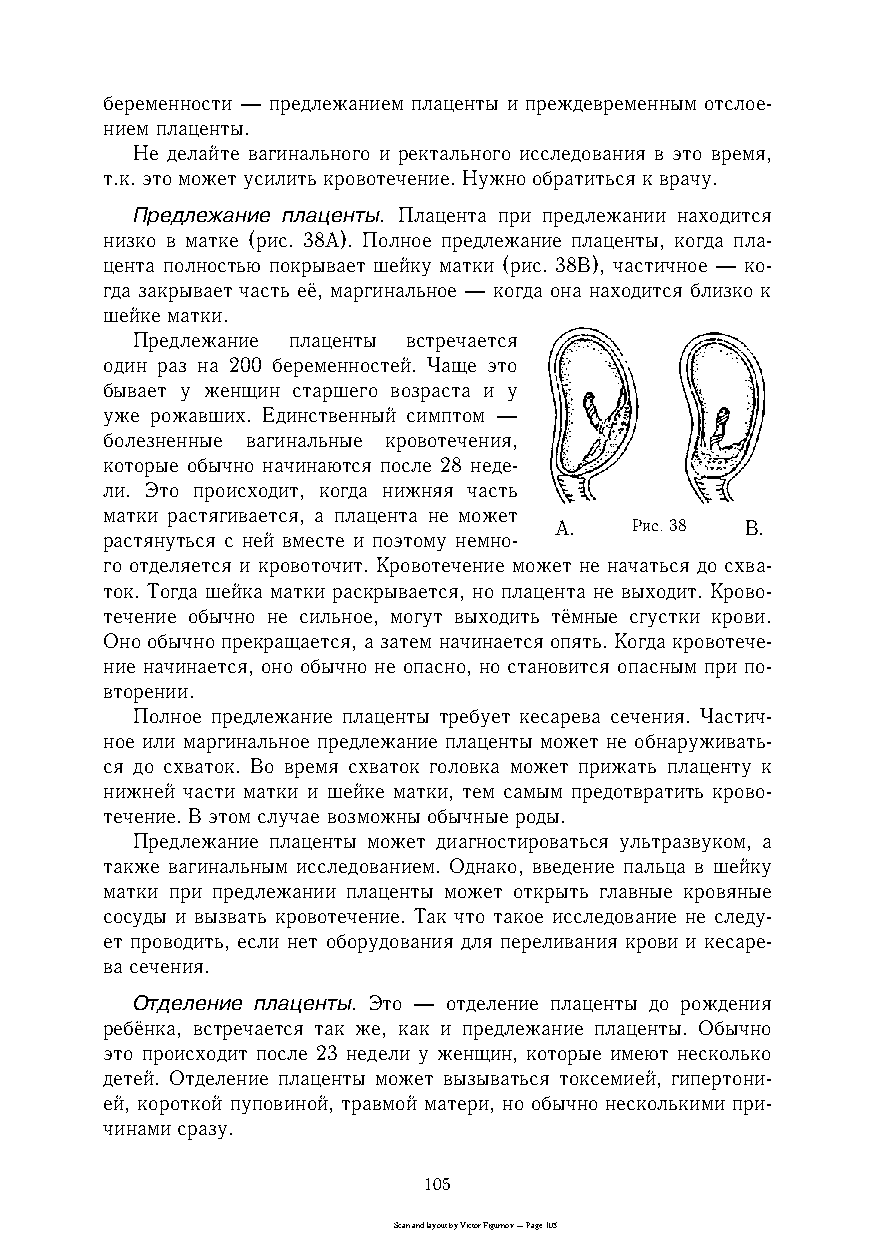
беременности — предлежанием плаценты и преждевременным отслоеc
 нием плаценты.
 Не делайте вагинального и ректального исследования в это время,
 т.к. это может усилить кровотечение. Нужно обратиться к врачу.
 Предлежание плаценты. Плацента при предлежании находится
 низко в матке (рис. 38А). Полное предлежание плаценты, когда плаc
 цента полностью покрывает шейку матки (рис. 38В), частичное — коc
 гда закрывает часть её, маргинальное — когда она находится близко к
 шейке матки.
 Предлежание плаценты встречается
 один раз на 200 беременностей. Чаще это
 бывает у женщин старшего возраста и у
 уже рожавших. Единственный симптом —
 болезненные вагинальные кровотечения,
 которые обычно начинаются после 28 недеc
 ли. Это происходит, когда нижняя часть
 матки растягивается, а плацента не может
 А.   Рис. 38 В.
 растянуться с ней вместе и поэтому немноc
 го отделяется и кровоточит. Кровотечение может не начаться до схваc
 ток. Тогда шейка матки раскрывается, но плацента не выходит. Кровоc
 течение обычно не сильное, могут выходить тёмные сгустки крови.
 Оно обычно прекращается, а затем начинается опять. Когда кровотечеc
 ние начинается, оно обычно не опасно, но становится опасным при поc
 вторении.
 Полное предлежание плаценты требует кесарева сечения. Частичc
 ное или маргинальное предлежание плаценты может не обнаруживатьc
 ся до схваток. Во время схваток головка может прижать плаценту к
 нижней части матки и шейке матки, тем самым предотвратить кровоc
 течение. В этом случае возможны обычные роды.
 Предлежание плаценты может диагностироваться ультразвуком, а
 также вагинальным исследованием. Однако, введение пальца в шейку
 матки при предлежании плаценты может открыть главные кровяные
 сосуды и вызвать кровотечение. Так что такое исследование не следуc
 ет проводить, если нет оборудования для переливания крови и кесареc
 ва сечения.
 Отделение плаценты. Это — отделение плаценты до рождения
 ребёнка, встречается так же, как и предлежание плаценты. Обычно
 это происходит после 23 недели у женщин, которые имеют несколько
 детей. Отделение плаценты может вызываться токсемией, гипертониc
 ей, короткой пуповиной, травмой матери, но обычно несколькими приc
 чинами сразу.
 105
 Scan and layout by Victor Figurnov — Page 105